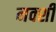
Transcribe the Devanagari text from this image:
नक्शी